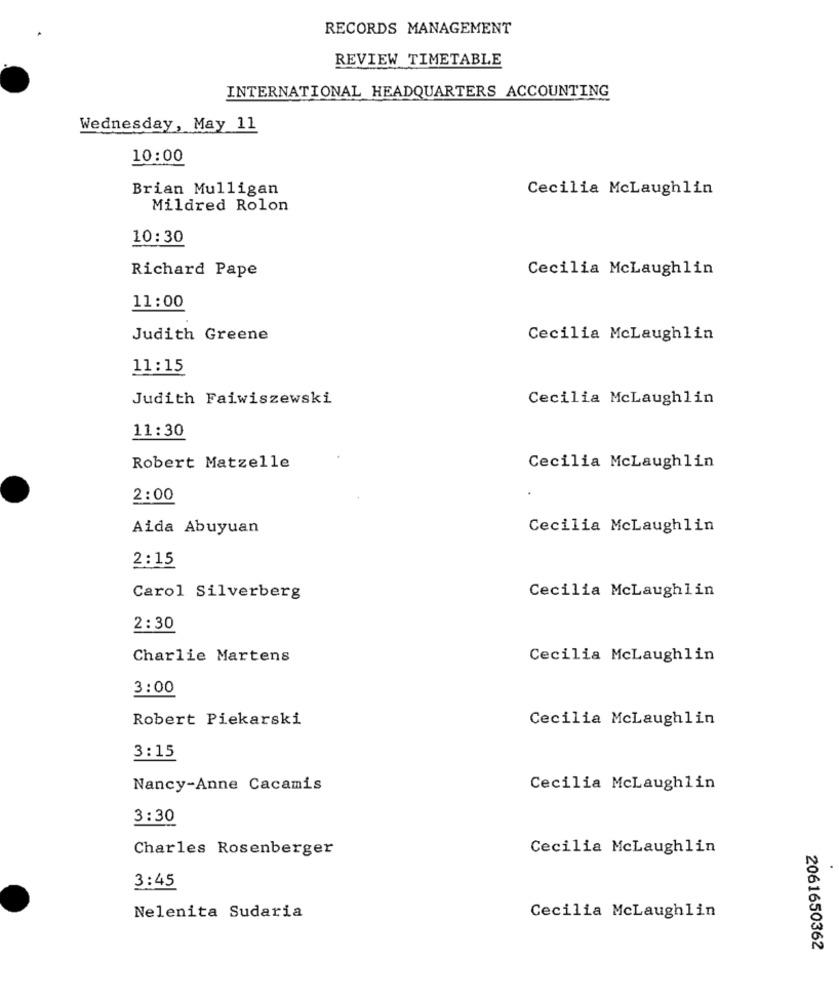
RECORDS MANAGEMENT
REVIEW TIMETABLE
INTERNATIONAL HEADQUARTERS ACCOUNTING
Wednesday, May 11
10:00
Brian Mulligan
Cecilia McLaughlin
Mildred Rolon
10:30
Richard Pape
Cecilia McLaughlin
11:00
Judith Greene
Cecilia McLaughlin
11:15
Judith Faiwiszewski
Cecilia McLaughlin
11:30
Robert Matzelle
Cecilia McLaughlin
2:00
Aida Abuyuan
Cecilia McLaughlin
2:15
Cecilia McLaughlin
Carol Silverberg
2:30
Charlie Martens
Cecilia McLaughlin
3:00
Robert Piekarski
Cecilia McLaughlin
3:15
Nancy-Anne Cacamis
Cecilia McLaughlin
3:30
Charles Rosenberger
Cecilia Mclaughlin
3:45
Nelenita Sudaria
Cecilia McLaughlin
2061650362